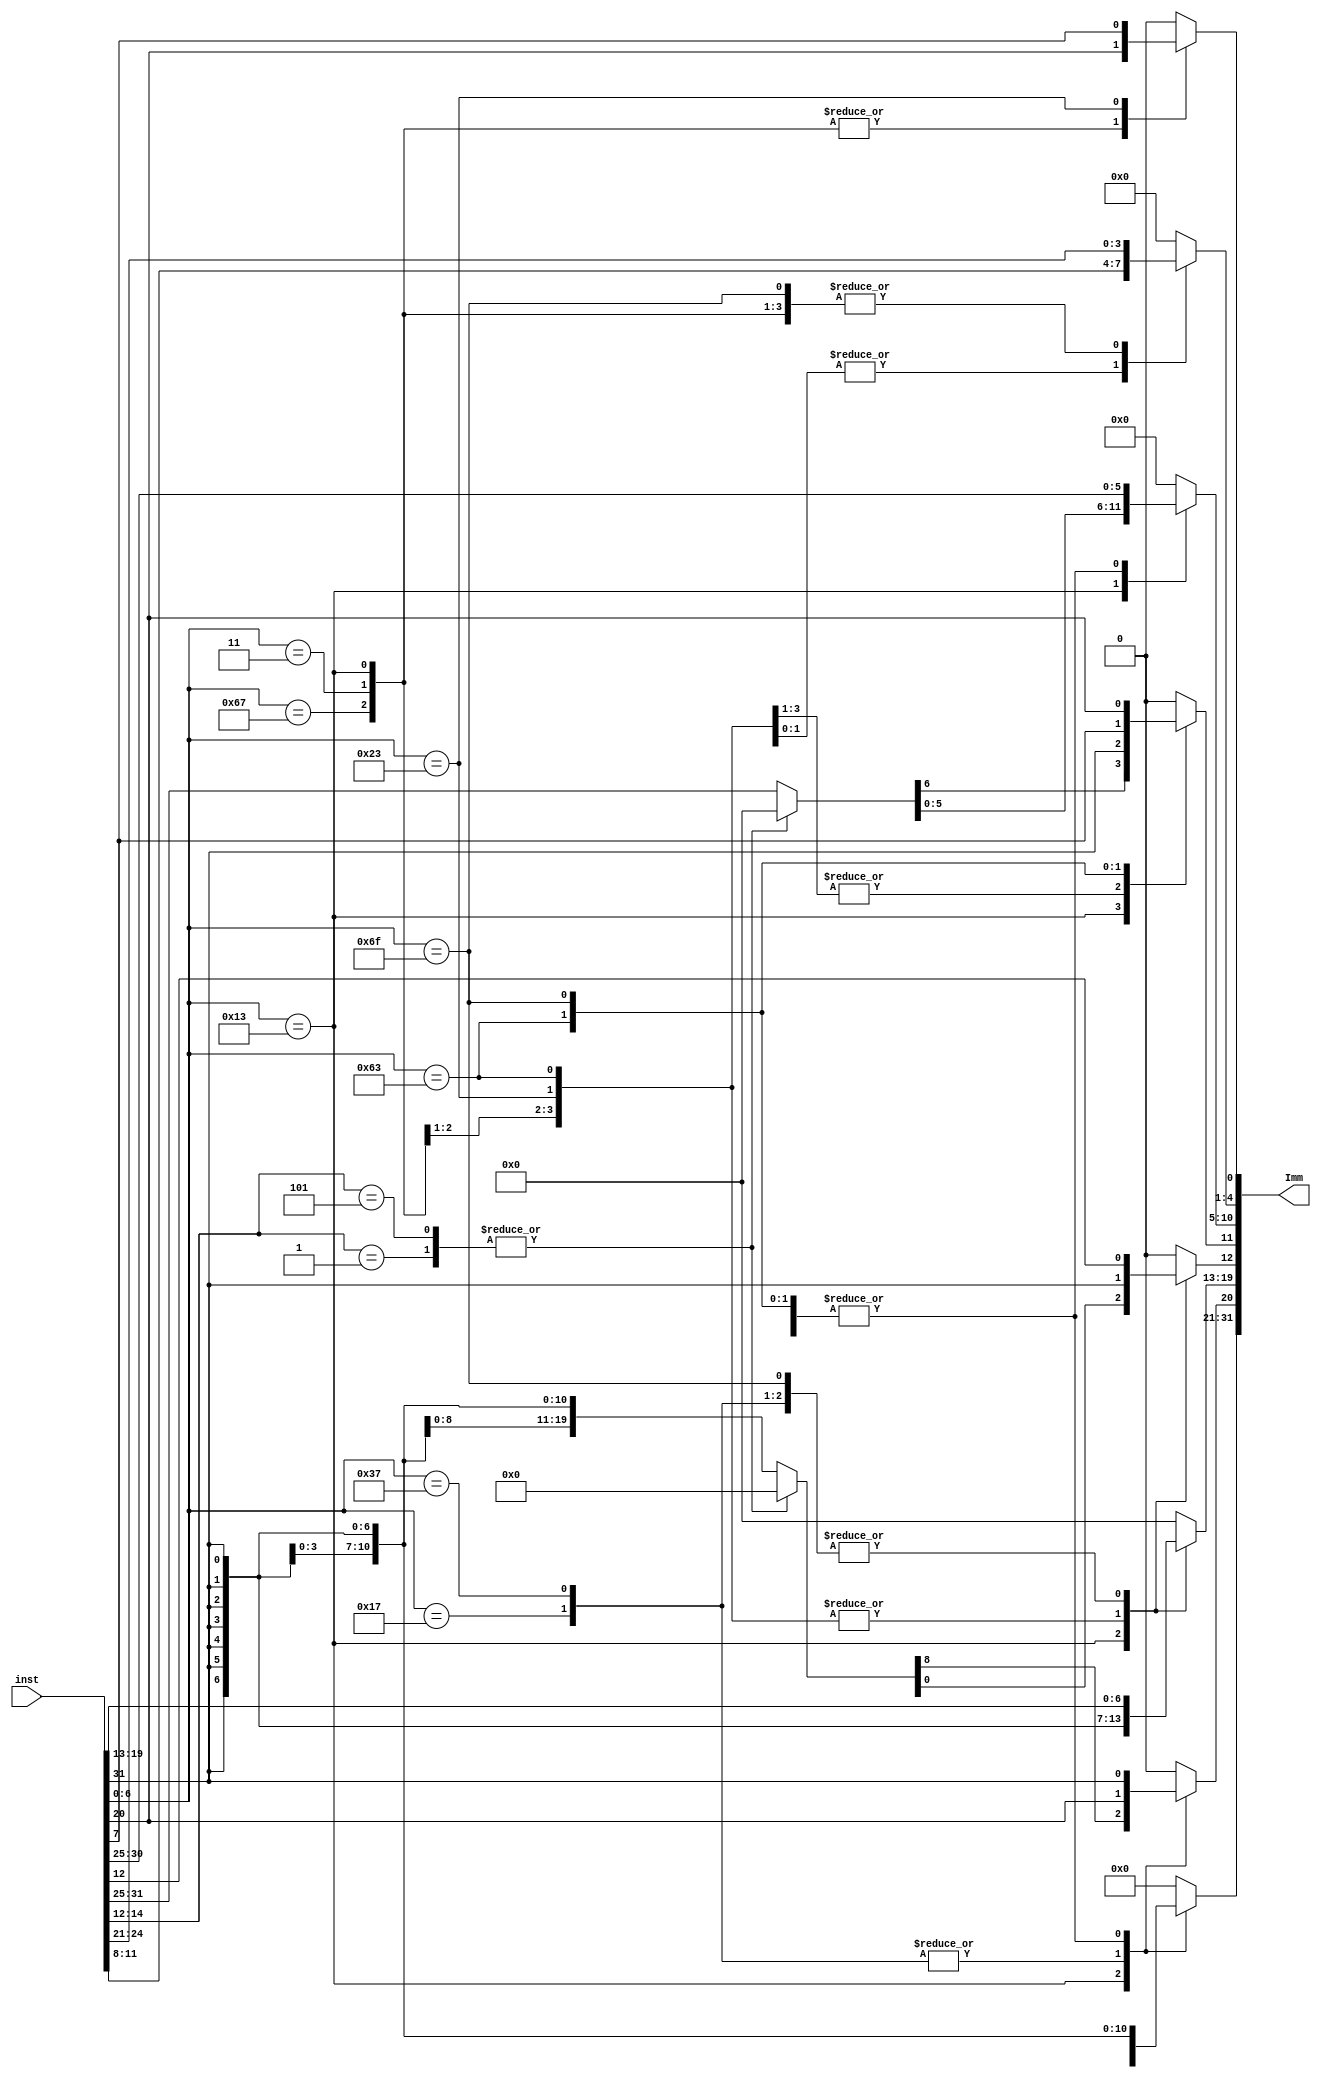
module sign_extend(
    input [31:0] inst,  //   
    output reg [31:0] Imm  //    
);

// Opcode    7 
wire [6:0] opcode = inst[6:0];
wire [2:0] funct3 = inst[14:12]; // funct3 

// Opcode           
always @(*) begin
    case(opcode)
        // I-type (: load, immediate, JALR)
        7'b0000011, 7'b1100111: begin
            Imm[11:0] = inst[31:20];
            Imm[31:12] = {20{inst[31]}};
        end
        7'b0010011: begin // I-type with differentiation for shift instructions
            case(funct3)
                3'b001: begin // SLLI
                    Imm[4:0] = inst[24:20];
                    Imm[31:5] = 27'b0;
                end
                3'b101: begin // SRLI, SRAI
                    Imm[4:0] = inst[24:20];
                    Imm[31:5] = 27'b0;
                end
                default: begin // Other I-type instructions
                    Imm[11:0] = inst[31:20];
                    Imm[31:12] = {20{inst[31]}};
                end
            endcase
        end
        // S-type (store)
        7'b0100011: begin
            Imm[11:5] = inst[31:25];
            Imm[4:0] = inst[11:7];
            Imm[31:12] = {20{inst[31]}};
        end
        // B-type (branch)
        7'b1100011: begin
            Imm[12] = inst[31];
            Imm[10:5] = inst[30:25];
            Imm[4:1] = inst[11:8];
            Imm[11] = inst[7];
            Imm[0] = 1'b0; // B-type   
            Imm[31:13] = {19{inst[31]}};
        end
        // U-type (LUI, AUIPC)
        7'b0110111, 7'b0010111: begin
            Imm[31:12] = inst[31:12];
            Imm[11:0] = 12'b0; //  12 0
        end
        // J-type (JAL)
        7'b1101111: begin
            Imm[20] = inst[31];
            Imm[10:1] = inst[30:21];
            Imm[11] = inst[20];
            Imm[19:12] = inst[19:12];
            Imm[0] = 1'b0; // J-type   
            Imm[31:21] = {11{inst[31]}};
        end
        default: Imm = 32'b0; //     
    endcase
end

endmodule